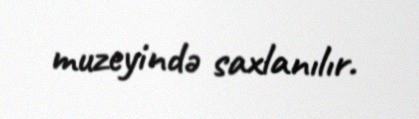
muzeyində saxlanılır.